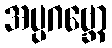
အပ္ပဂဗ္ဘော